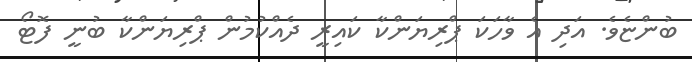
ބުންޏެވެ. އަދި އެ ވާހަކަ ޕްރިޔަންކާ ކައިރީ ދެއްކުމުން ޕްރިޔަންކާ ބުނީ ފޮޓޯ